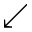
\swarrow